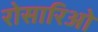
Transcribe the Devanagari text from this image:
रोसारिओ